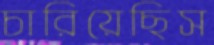
চারিয়েছিস